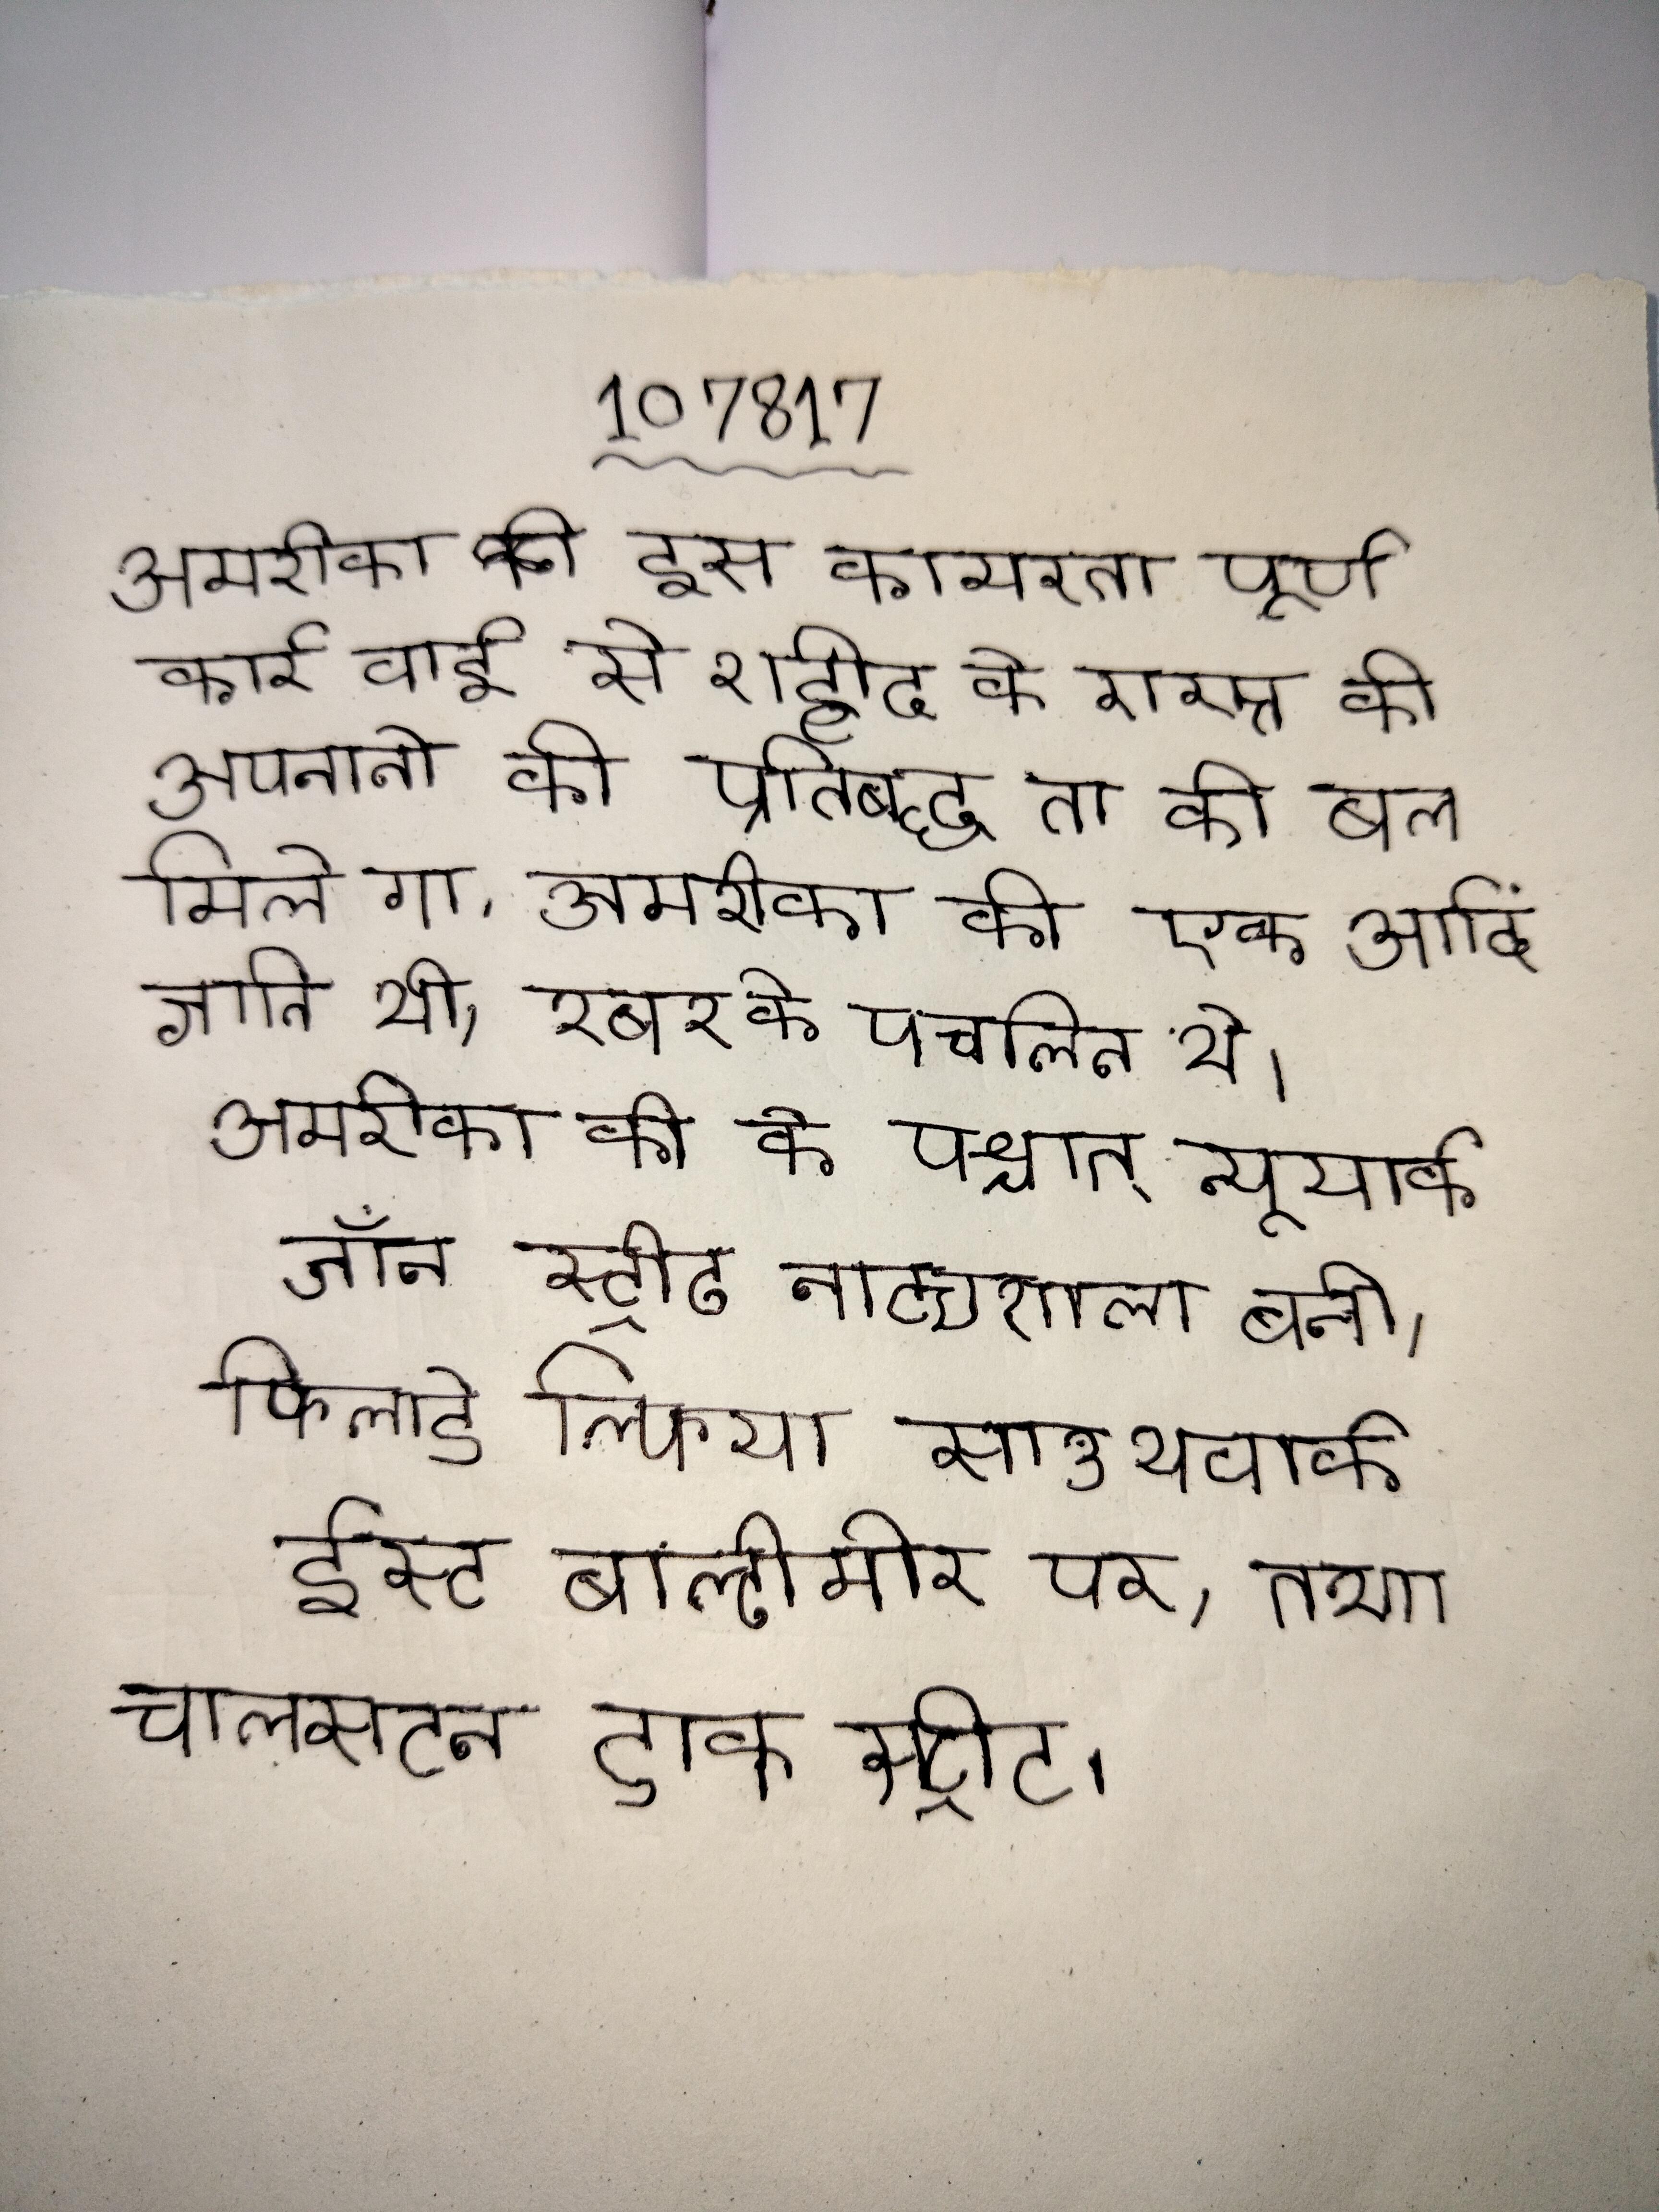
अमरीका की इस कायरतापूर्ण कार्रवाई से शहीद के रास्ते को अपनाने की प्रतिबद्धता को बल मिलेगा . अमरीका की एक आदि जाति थी, रबर के प्रचलित थे । अमरीका की के पश्चात् न्यूयार्क जॉन स्ट्रीट नाट्यशाला बनी, फिलाडेल्फिया साउथवार्क ईस्ट बाल्टीमोर पर, तथा चाल्र्सटन डाक स्ट्रीट ।